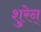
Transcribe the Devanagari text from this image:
शुरेन्